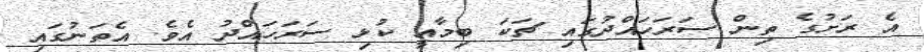
އެ ރަށުގެ ތިން ސަރަަހައްދުގައި ޗަކަ ބިމާއީ ކުޅި ސަރަހައްދު އެވެ. އެތަނުގައި